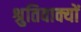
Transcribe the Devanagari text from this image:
श्रुतिवाक्यों